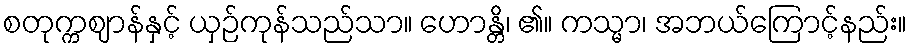
စတုက္ကဈာန်နှင့် ယှဉ်ကုန်သည်သာ။ ဟောန္တိ၊ ၏။ ကသ္မာ၊ အဘယ်ကြောင့်နည်း။